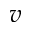
v